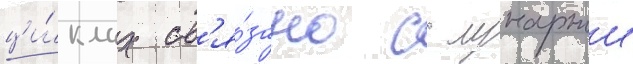
ци́клах св'я́зано с лунарнои